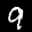
Label: 9